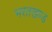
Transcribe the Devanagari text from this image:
भरतखण्ड